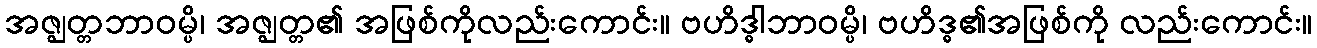
အဇ္ဈတ္တဘာဝမ္ပိ၊ အဇ္ဈတ္တ၏ အဖြစ်ကိုလည်းကောင်း။ ဗဟိဒ္ဓါဘာဝမ္ပိ၊ ဗဟိဒ္ဓ၏အဖြစ်ကို လည်းကောင်း။